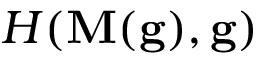
H ( \mathbf { M } ( \mathbf { g } ) , \mathbf { g } )